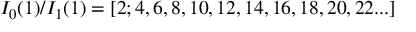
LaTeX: I _ { 0 } ( 1 ) / I _ { 1 } ( 1 ) = [ 2 ; 4 , 6 , 8 , 1 0 , 1 2 , 1 4 , 1 6 , 1 8 , 2 0 , 2 2 . . . ]